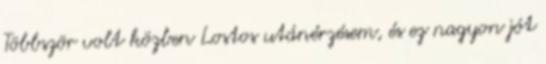
Többször volt közben Lostos utánérzésem, és ez nagyon jót